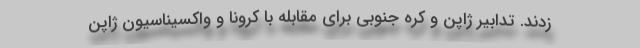
زدند. تدابیر ژاپن و کره جنوبی برای مقابله با کرونا و واکسیناسیون ژاپن